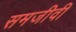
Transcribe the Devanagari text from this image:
समजीवी